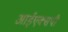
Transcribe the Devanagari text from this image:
आईएक्सपी